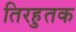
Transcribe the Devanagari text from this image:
तिरहुतक